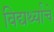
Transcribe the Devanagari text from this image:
विद्यर्थ्यांचे